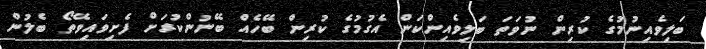
ބަލިވެއިނުމުގެ ކުރިން ނުވަތަ ބަލިވެއިންކަން އެގުމުގެ ކުރިން ބޭހެއް ބޭނުންކުރަށް ފެށިވައިވޭތޯ ބެލުން